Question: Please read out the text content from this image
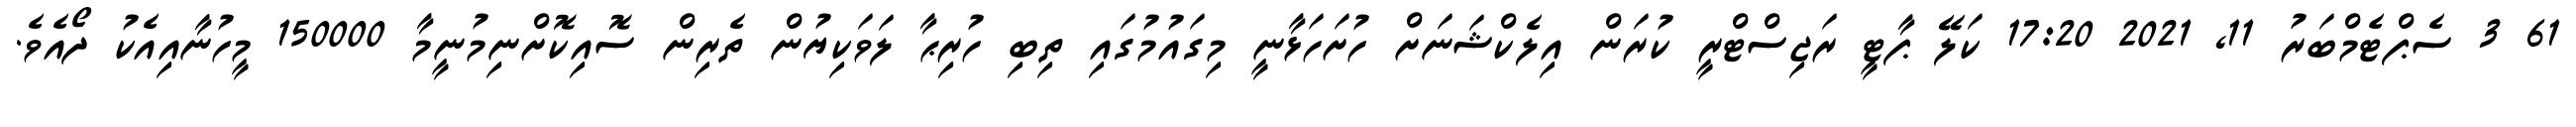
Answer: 61 3 ސެޕްޓެމްބަރު 11, 2021 17:20 ކަލޭ ޕާޓީ ރަޖިސްޓްރީ ކުރަން އިލެކްޝަނަށް ހުށަހަޅާނީ މިގައުމުގައި ތިބި ހުރިޙާ ލަވަކިޔުން ތެރިން ސޮއިކޮށްނިމުނީމާ 150000 މީހުނާއިއެކު ދޯއެވެ.